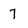
Character: 7